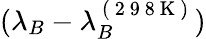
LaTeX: (\lambda_{B}-\lambda_{B}^{\mathrm{~(~2~9~8~K~)~}})